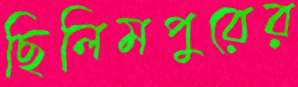
ছিলিমপুরের